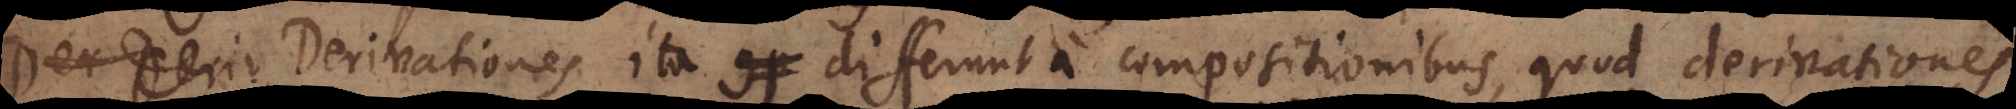
Der Deriv Derivationes ita comp differunt a compositionibus, quod derivationes